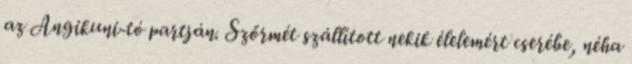
az Angikuni-tó partján. Szőrmét szállított nekik élelemért cserébe, néha